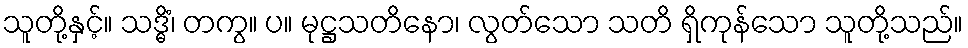
သူတို့နှင့်။ သဒ္ဓိံ၊ တကွ။ ပ။ မုဋ္ဌသတိနော၊ လွတ်သော သတိ ရှိကုန်သော သူတို့သည်။